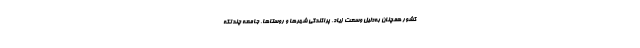
کشور همچنان به‌دلیل وسعت زیاد، پراکندگی شهرها و روستاها، جامعه چندتکه